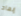
إبعاد